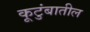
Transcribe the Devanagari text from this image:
कूटुंबातील